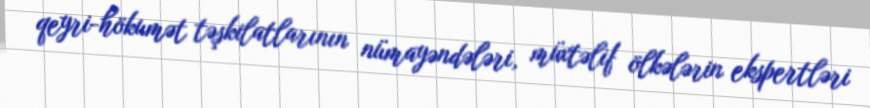
qeyri-hökumət təşkilatlarının nümayəndələri, müxtəlif ölkələrin ekspertləri